Lunatic asylums Bombay report 1891-1903 - 1891-1903
Year: 1891
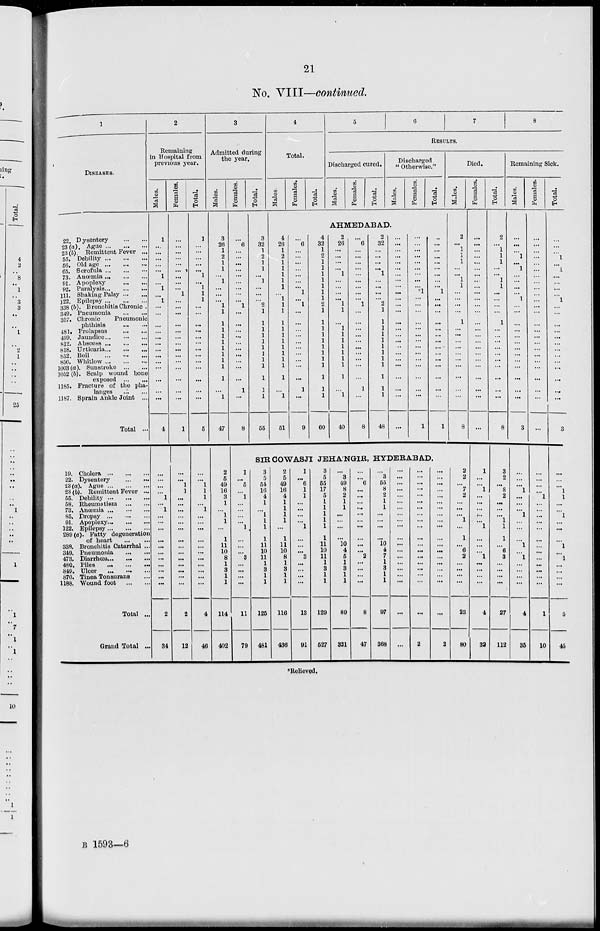
21
No. VIII—continued.
1
DISEASES.
22 Dysentery
...
...
23(a). Ague ... ... ...
23 (b) Remittent Fever ...
55. Debility ... ... ...
56. Old age ... ... ...
65. Scrofula ... ... ...
73. Anœmia ... ... ...
91. Apoplexy
...
...
92. Paralysis ... ... ...
111. Shaking Palsy ... ... ...
122. Epilepsy ... ... ...
338(b). Bronchitis Chronic ...
349. Pneumonia
...
...
357. Chronic
Pneumonic
phthisis
...
...
481. Prolapsus
...
...
499. Jaundice... ... ...
812. Abscess ... ... ...
818. Urticaria ... ... ...
852. Boil
...
...
...
856. Whitlow ... ... ...
1003(a). Sunstroke ... ...
1052 (b). Scalp wound bone
exposed ... ...
1185. Fracture of the pha-
langes ... ...
1187. Sprain Ankle Joint ...
Total ...
19. Cholera ... ... ...
22. Dysentery
...
...
23(a). Ague ... ... ...
23 (b). Remittent Fever ...
65. Debility ... ... ...
58. Rheumatism
...
...
78.
Anœmia ... ... ...
85. Dropsy ...
...
...
91. Apoplexy ... ... ...
122. Epilepsy ... ... ...
289(a). Fatty degeneration
of heart
...
...
338. Bronchitis Catarrhal ...
349. Pneumonia
...
...
473.
Diarrhœa ... ... ...
480.
Piles ... ... ...
849. Ulcer
...
...
...
870. Tinea Tonsurans ...
1188. Wound foot
...
...
Total ...
Grand Total ...
2
Remaining
in Hospital from
previous year.
Males.
1
...
...
...
...
...
1
...
1
...
1
...
...
...
...
...
...
...
...
...
...
...
...
...
4
...
...
...
...
1
...
1
...
...
...
...
...
...
...
...
...
...
...
2
34
Females.
...
...
...
...
...
...
...
...
... 1
...
...
...
...
...
...
...
...
...
...
...
...
...
...
1
...
... 1
1
...
...
...
...
...
...
...
...
...
...
...
...
...
...
2
12
Total.
1
...
...
...
...
...
1
...
1
1
1
...
...
...
...
...
...
...
...
...
...
...
...
...
5
...
... 1
1
1
...
1
...
...
...
...
...
...
...
...
...
...
...
4
46
3
Admitted during
the year.
Males.
3
26
1
2
1
1
... 1
...
...
... 1
1
1
1
1
1
1
1
1
1
1
...
1
47
2
5
49
16
3
1
...
1
1
...
1
11
10
8
1
3
1
1
114
402
Females.
...
6
...
...
...
...
...
...
...
...
... 1
...
...
...
...
...
...
...
...
...
...
1
...
8
Total.
3
32
1
2
1
1
... 1
...
...
... 2
1
1
1
1
1
1
1
1
1
1
1
1
55
4
Total.
Males.
Females.
Total.
5
6
7
8
RESULTS.
Discharged cured.
Males.
Females,
Total.
Discharged
" Otherwise."
Males.
Females.
Total.
AHMEDABAD.
4
26
1
2
1
1
1
1
1
...
1
1
1
1
1
1
1
1
1
1
1
1
...
1
51
...
6
...
...
...
...
...
...
...
1
...
1
...
...
...
...
...
...
...
...
...
...
1
...
9
4
32
1
2
...
...
...
...
...
...
...
...
...
...
...
...
...
...
...
...
...
...
...
...
60
2
26
...
...
...
...
1
...
...
...
...
1
1
...
1
1
1
1
1
1
1
1
...
1
40
...
6
...
...
...
...
...
...
...
...
... 1
...
...
...
...
...
...
...
...
...
...
1
...
8
2
32
...
...
...
...
1
...
...
...
...
2
1
1
1
1
1
1
1
1
1
1
1
1
48
...
...
...
...
...
...
...
...
...
...
...
...
...
...
...
...
...
...
...
...
...
...
...
...
...
...
...
...
...
...
...
...
...
...
...
...
...
...
...
...
...
...
...
...
...
...
...
...
...
1
..
...
...
...
...
...
...
...
1
...
....
...
...
...
...
...
...
...
...
...
...
...
...
...
1
Died.
Males.
2
...
1
1
1
...
...
1
1
...
...
...
...
1
...
...
...
...
...
...
...
...
...
...
8
SIR COWASJI JEHA'NGIR, HYDERABAD.
1
...
6
...
1
...
...
...
...
1
...
...
...
3
...
...
...
...
11
79
3
5
54
16
4
1
...
1
1
1
1
11
10
11
1
3
1
1
125
481
2
5
49
16
4
1
1
1
1
...
1
11
10
8
1
3
1
1
116
436
1
...
6
1
1
...
...
...
...
1
...
...
...
3
...
...
...
...
13
91
3
5
55
17
5
1
1
1
1
1
1
11
10
11
1
3
1
1
129
527
...
3
49
8
2
1
1
...
...
...
...
10
4
5
1
3
1
1
89
321
...
...
6
...
...
...
...
...
...
...
...
...
...
2
...
...
...
...
8
47
...
3
55
8
2
1
1
...
...
...
...
10
4
7
1
3
1
1
97
368
...
...
...
...
...
...
...
...
...
...
...
...
...
...
...
...
...
...
...
...
...
...
...
...
...
...
...
...
...
...
...
...
...
...
...
...
...
...
...
2
...
...
...
...
...
...
...
...
...
...
...
...
...
...
...
...
...
...
...
2
2
2
...
7
2
...
...
...
1
...
1
...
6
2
...
...
...
...
23
80
Females.
...
...
...
...
...
...
...
...
...
...
...
...
...
...
...
...
...
...
...
...
...
...
...
...
...
1
...
...
1
...
...
...
...
...
1
...
...
...
1
...
...
...
...
4
32
Total.
2
...
1
1
1
...
... 1
1
...
...
...
...
1
...
...
...
...
...
...
...
...
...
...
8
3
2
...
8
2
...
...
...
1
1
1
...
6
3
...
...
...
...
27
112
Remaining Sick.
Males.
...
...
...
1
... 1
...
...
...
...
1
...
...
...
...
...
...
...
...
...
...
...
...
...
3
...
...
...
1
...
...
...
1
...
...
...
1
...
1
...
...
...
...
4
35
Females.
...
...
...
...
...
...
...
...
...
...
...
...
...
...
...
...
...
...
...
...
...
...
...
...
...
...
...
...
...
1
...
...
...
...
...
...
...
...
...
...
...
...
...
1
10
Total.
...
...
...
1
...
1
...
...
...
...
1
...
...
...
...
...
...
...
...
...
...
...
...
...
3
...
...
...
1
1
...
...
1
...
...
...
1
...
1
...
...
...
...
5
45
*Relieved.
B 1593—6